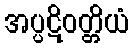
အပ္ပဋိဝတ္တိယံ